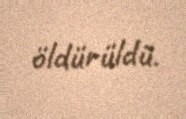
öldürüldü.